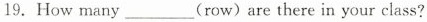
19.How many___(row)are there in your class?